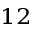
^ { 1 2 }